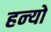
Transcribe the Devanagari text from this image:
हन्‍यो